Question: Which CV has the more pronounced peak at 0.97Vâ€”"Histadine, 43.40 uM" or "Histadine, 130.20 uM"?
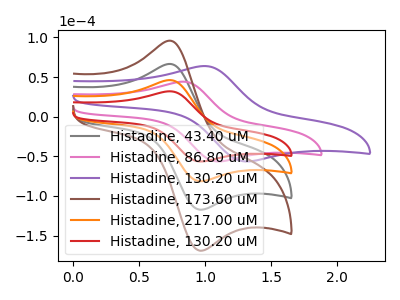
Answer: <think>The gray curve "Histadine, 43.40 uM" has an anodic peak at (0.75V, 92.40uA) and a cathodic peak at (0.95V, -163.00uA). The pink curve "Histadine, 86.80 uM" has an anodic peak at (0.80V, 44.20uA) and a cathodic peak at (1.10V, -56.55uA). The purple curve "Histadine, 130.20 uM" has an anodic peak at (1.00V, 63.95uA) and a cathodic peak at (1.30V, -56.55uA). The brown curve "Histadine, 173.60 uM" has an anodic peak at (0.75V, 138.55uA) and a cathodic peak at (0.95V, -244.50uA). The orange curve "Histadine, 217.00 uM" has an anodic peak at (0.75V, 46.20uA) and a cathodic peak at (0.95V, -81.50uA). The red curve "Histadine, 130.20 uM" has an anodic peak at (0.75V, 32.05uA) and a cathodic peak at (0.95V, -56.55uA).</think>
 <answer>The peak at 0.97V is higher in "Histadine, 43.40 uM" than in "Histadine, 130.20 uM".</answer>
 <eval>higher</eval>